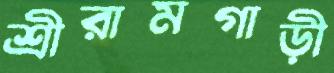
শ্রীরামগাড়ী